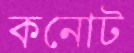
কনোট